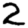
Digit: 2